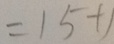
= 1 5 + 1